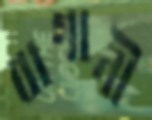
বাগানী